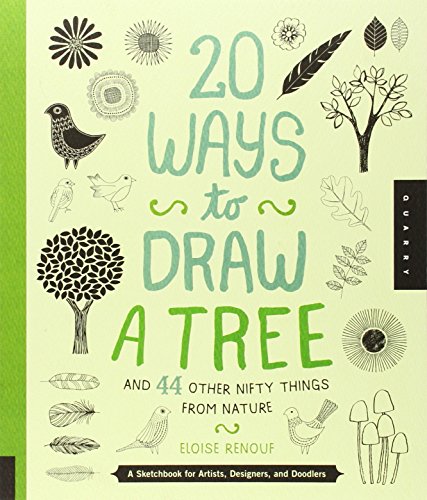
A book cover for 20 Ways to Draw a Tree and 44 Other Nifty Things from Nature: A Sketchbook for Artists, Designers, and Doodlers; Eloise Renouf; Comics & Graphic Novels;